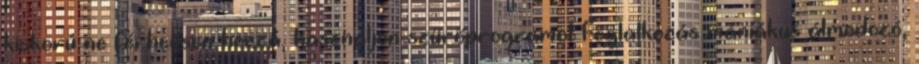
kiskorú ne férhessen hozzá, használjon szűrőprogramot Foglalkozás mániákus álmodozó,